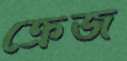
ক্রেজ